Medical and sanitary report on the native army of Bombay for the year
Year: 1879
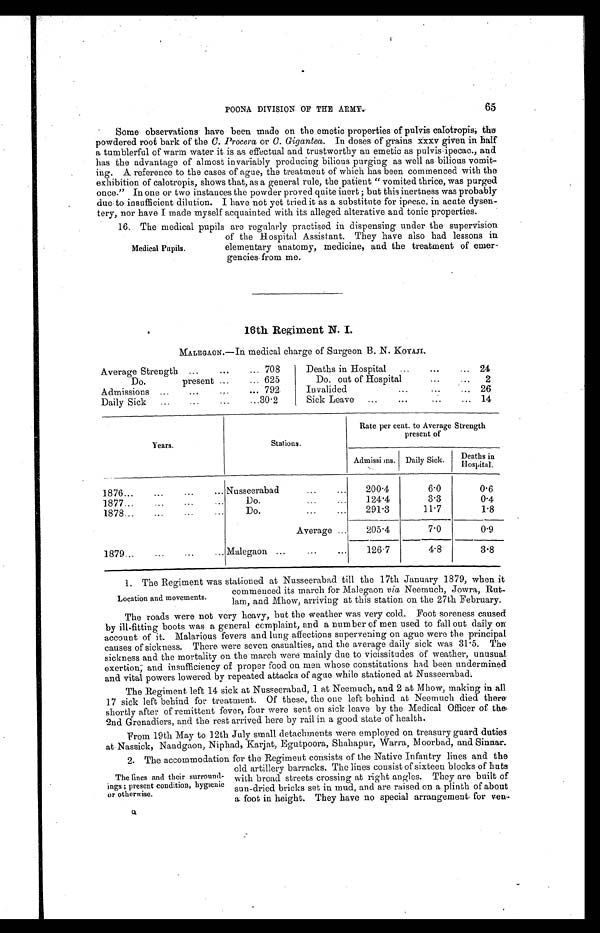
65
POONA DIVISION OF THE ARMY.
Some observations have been made on the emetic properties of pulvis calotropis, the
powdered root bark of the C. Procera or C. Gigantea. In doses of grains xxxv given in half
a tumblerful of warm water it is as effectual and trustworthy an emetic as pulvis ipecac., and
has the advantage of almost invariably producing bilious purging as well as bilious vomit-
ing. A reference to the cases of ague, the treatment of which has been commenced with the
exhibition of calotropis, shows that, as a general rule, the patient "vomited thrice, was purged
once." In one or two instances the powder proved quite inert ; but this inertness was probably
due to insufficient dilution. I have not yet tried it as a substitute for ipecac. in acute dysen--
tery. nor have I made myself acauainted with its alleged alterative and tonic properties.
16. The medical pupils are regularly practised in dispensing under the supervision
of the Hospital Assistant. They have also had lessons in
elementary anatomy, medicine, and the treatment of emer
-gencies from me.
16th Regiment N. I.
MALEGAON.—In medical charge of Surgeon B. N. KOYAJI.
Average Strength . . . 708
Deaths in Hospital . . . 24
Do.
present . . . 625
Do. out of Hospital . . .
2
Admissions . . . 792
Invalided. . .
26
Daily Sick . . .
3 0 . 2 Sick Leave . . . 14
Years.
Stations.
Rate per cent. to Average Strength
present of
Admissions. Daily Sick.
Deaths in
Hospital.
1876 . . .
Nusseerabad . . .
200.4
6.0
0.6
1877 . . .
Do.
. . .
124.4
3.3
0.4
1878 . . .
Do.
. . .
291.3
11.7
1.8
Average . . .
205.4
7.0
0.9
1879 . . .
Malegaon . . .
126.7
4.8
3.8
1 . T h e R e g i m e n t w a s s t a t i o n e d a t N u s s e e r a b a d t i l l t h e1
7 t h
J a n u a r y 1 8 7 9 , w h e n i t
commenced its march for Malegaon via Neemuch, Jowra, Rut
-lam, and Mhow, arriving at this station on the 27th February.
The roads were not very heavy, but the weather was very cold. Foot soreness caused
by ill-fitting boots was a general complaint, and a number of men used to fall out daily on
account of it. Malarious fevers and lung affections supervening on ague were the principal
causes of sickness. There were seven casualties, and the average daily sick was 31.5. The
sickness and the mortality on the march were mainly due to vicissitudes of weather, unusual
exertion, and insufficiency of proper food on men whose constitutions had been undermined
and vital powers lowered by repeated attacks of ague while stationed at Nusseerabad.
The Regiment left 14 sick at Nusseerabad, 1 at Neemuch, and 2 at Mhow, making in all
17 sick left behind for treatment. Of these, the one left behind at Neemuch died there
shortly after of remittent fever, four were sent on sick leave by the Medical Officer of the
2nd Grenadiers, and the rest arrived here by rail in a good state of health.
From 19th May to 12th July small detachments were employed on treasury guard duties
a t
N a s s i c k ,
N a n d g a o n , N i p h a d , K a r j a t . E g u t p o o r a , S h a h a p u r , W a r r a , M o o r b a d , a n d S i n n a r .
2 . T h e a c c o m m o d a t i o n f o r t h e R e g i m e n t c o n s i s t s o f t h e N a t i v e I n f a n t r y l i n e s a n d t h e
old artillery barracks. The lines consist of sixteen blocks of huts
with broad streets crossing at right angles. They are built of
sun-dried bricks set in mud, and are raised on a plinth of about
a foot in height. They have no special arrangement for ven
-
Medical Pupils.
Location and movements.
The lines and their surround-
ings ; present condition, hygienic
or otherwise.